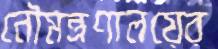
নৌমন্ত্রণালয়ের